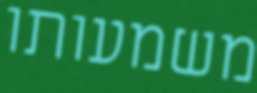
משמעותו